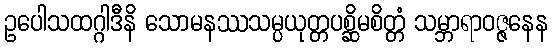
ဥပေါသထဂ္ဂါဒီနိ သောမနဿသမ္ပယုတ္တပစ္ဆိမစိတ္တံ သမ္ဘာရာဝဇ္ဇနေန